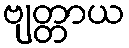
ဗျတ္တာယ